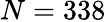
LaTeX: N=338